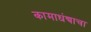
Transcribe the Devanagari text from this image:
कामाधंद्याचा